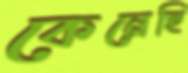
কেনেছি